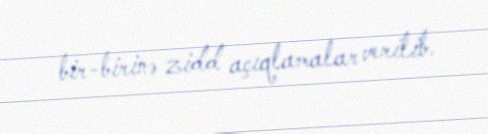
bir-birinə zidd açıqlamalar verilib.